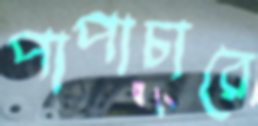
পাপাচারে